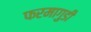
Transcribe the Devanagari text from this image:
फरमागुडी